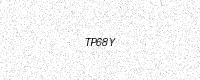
Text: TP68Y